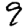
Digit: 9